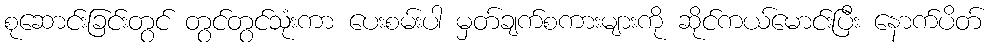
စုဆောင်းခြင်းတွင် တွင်တွင်သုံးကာ ပေးစမ်းပါ မှတ်ချက်စကားများကို ဆိုင်ကယ်မောင်းပြီး နောက်ပိတ်